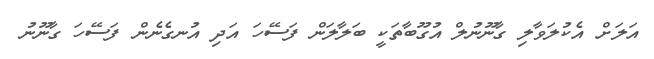
އަލަށް އެކުލަވާލި ގާނޫނުލް އުގޫބާތަކީ ބަލާލަން ފަސޭހަ އަދި އުނގެނެން ފަސޭހަ ގާނޫނު